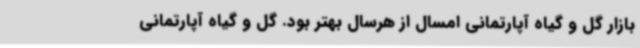
بازار گل و گیاه آپارتمانی امسال از هرسال بهتر بود. گل و گیاه آپارتمانی